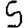
Digit: 5